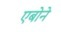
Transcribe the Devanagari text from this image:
एबोने